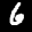
Label: 6